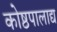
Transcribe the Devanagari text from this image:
कोष्ठपालाद्य